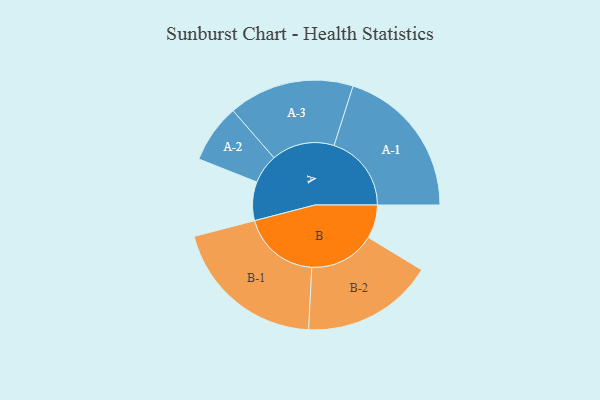
{"axis": {"x": "Segment", "y": "Value"}, "legend": ["", "A", "B"], "data": [{"x": "A", "y": 149, "type": ""}, {"x": "B", "y": 129, "type": ""}, {"x": "A-1", "y": 298, "type": "A"}, {"x": "A-2", "y": 113, "type": "A"}, {"x": "A-3", "y": 242, "type": "A"}, {"x": "B-1", "y": 299, "type": "B"}, {"x": "B-2", "y": 254, "type": "B"}]}